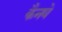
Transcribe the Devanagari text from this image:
कैनवे